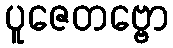
ပူဇေတဗ္ဗော